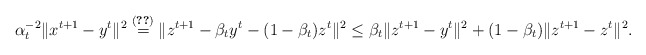
\begin{align*}\alpha_t^{-2}\|x^{t+1}-y^t\|^2 \overset{\eqref{l2-e3}}{=} \|z^{t+1}-\beta_t y^t - (1-\beta_t)z^t\|^2 \le \beta_t \|z^{t+1}-y^t\|^2 + (1-\beta_t)\|z^{t+1}-z^t\|^2.\end{align*}